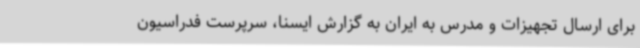
برای ارسال تجهیزات و مدرس به ایران به گزارش ایسنا، سرپرست فدراسیون